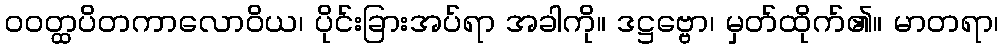
ဝဝတ္ထပိတကာလောဝိယ၊ ပိုင်းခြားအပ်ရာ အခါကို။ ဒဋ္ဌဗ္ဗော၊ မှတ်ထိုက်၏။ မာတရာ၊